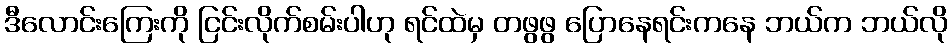
ဒီလောင်းကြေးကို ငြင်းလိုက်စမ်းပါဟု ရင်ထဲမှ တဖွဖွ ပြောနေရင်းကနေ ဘယ်က ဘယ်လို